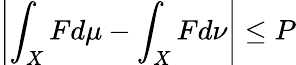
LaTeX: \left|\int_{X}Fd\mu-\int_{X}Fd\nu\right|\leq P